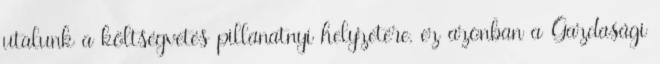
utalunk a költségvetés pillanatnyi helyzetére, ez azonban a Gazdasági